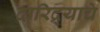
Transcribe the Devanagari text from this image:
दारिद्र्याचे